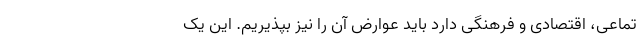
تماعی، اقتصادی و فرهنگی دارد باید عوارض آن را نیز بپذیریم. این یک